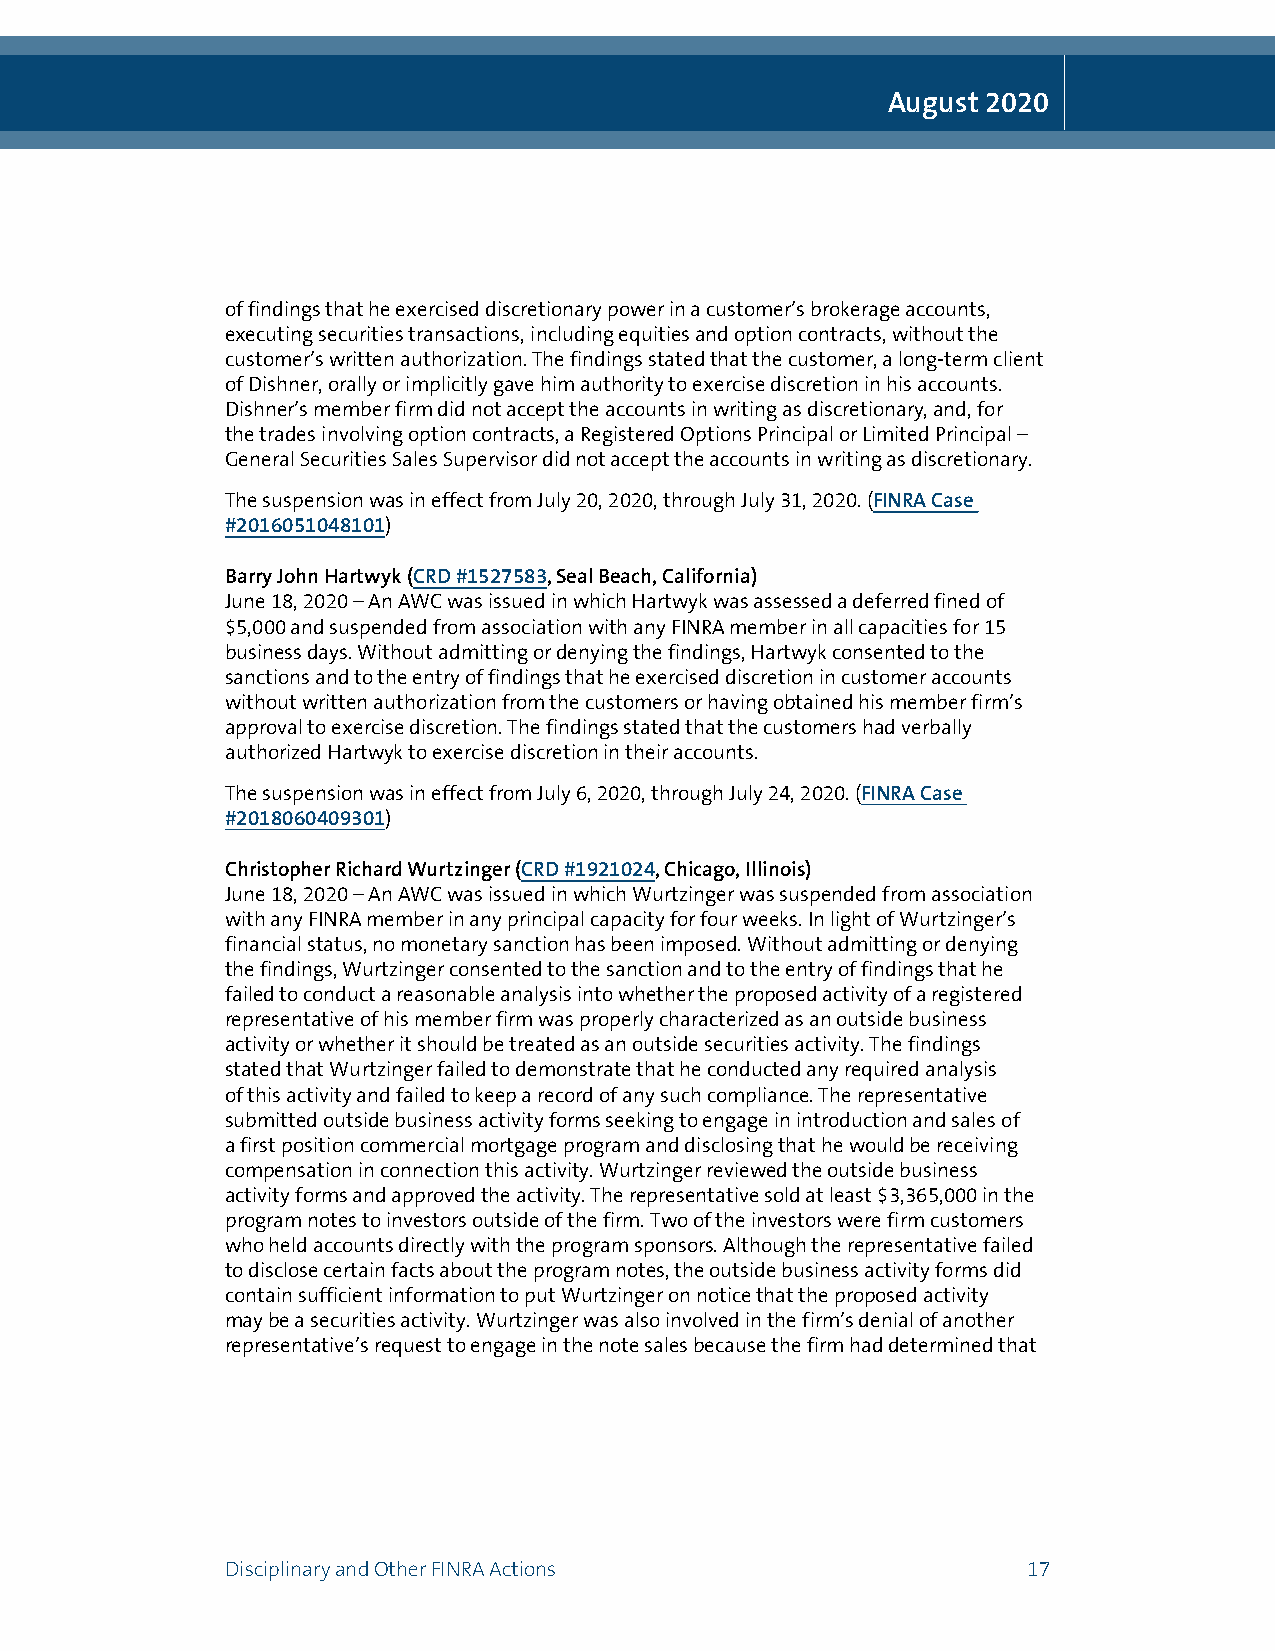
August 2020
 of findings that he exercised discretionary power in a customer’s brokerage accounts,
 executing securities transactions, including equities and option contracts, without the
 customer’s written authorization. The findings stated that the customer, a long-term client
 of Dishner, orally or implicitly gave him authority to exercise discretion in his accounts.
 Dishner’s member firm did not accept the accounts in writing as discretionary, and, for
 the trades involving option contracts, a Registered Options Principal or Limited Principal –
 General Securities Sales Supervisor did not accept the accounts in writing as discretionary.
 The suspension was in effect from July 20, 2020, through July 31, 2020. (FINRA Case
 #2016051048101)
 Barry John Hartwyk (CRD #1527583, Seal Beach, California)
 June 18, 2020 – An AWC was issued in which Hartwyk was assessed a deferred fined of
 $5,000 and suspended from association with any FINRA member in all capacities for 15
 business days. Without admitting or denying the findings, Hartwyk consented to the
 sanctions and to the entry of findings that he exercised discretion in customer accounts
 without written authorization from the customers or having obtained his member firm’s
 approval to exercise discretion. The findings stated that the customers had verbally
 authorized Hartwyk to exercise discretion in their accounts.
 The suspension was in effect from July 6, 2020, through July 24, 2020. (FINRA Case
 #2018060409301)
 Christopher Richard Wurtzinger (CRD #1921024, Chicago, Illinois)
 June 18, 2020 – An AWC was issued in which Wurtzinger was suspended from association
 with any FINRA member in any principal capacity for four weeks. In light of Wurtzinger’s
 financial status, no monetary sanction has been imposed. Without admitting or denying
 the findings, Wurtzinger consented to the sanction and to the entry of findings that he
 failed to conduct a reasonable analysis into whether the proposed activity of a registered
 representative of his member firm was properly characterized as an outside business
 activity or whether it should be treated as an outside securities activity. The findings
 stated that Wurtzinger failed to demonstrate that he conducted any required analysis
 of this activity and failed to keep a record of any such compliance. The representative
 submitted outside business activity forms seeking to engage in introduction and sales of
 a first position commercial mortgage program and disclosing that he would be receiving
 compensation in connection this activity. Wurtzinger reviewed the outside business
 activity forms and approved the activity. The representative sold at least $3,365,000 in the
 program notes to investors outside of the firm. Two of the investors were firm customers
 who held accounts directly with the program sponsors. Although the representative failed
 to disclose certain facts about the program notes, the outside business activity forms did
 contain sufficient information to put Wurtzinger on notice that the proposed activity
 may be a securities activity. Wurtzinger was also involved in the firm’s denial of another
 representative’s request to engage in the note sales because the firm had determined that
 Disciplinary and Other FINRA Actions                 17